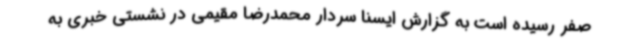
صفر رسیده است به گزارش ایسنا سردار محمدرضا مقیمی در نشستی خبری به